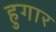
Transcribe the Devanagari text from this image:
हुगार